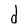
Character: d